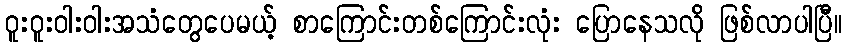
ဝူးဝူးဝါးဝါးအသံတွေပေမယ့် စာကြောင်းတစ်ကြောင်းလုံး ပြောနေသလို ဖြစ်လာပါပြီ။